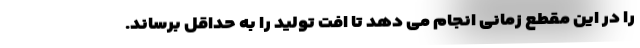
را در این مقطع زمانی انجام می دهد تا افت تولید را به حداقل برساند.